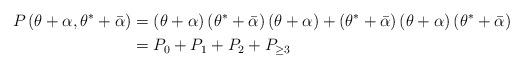
LaTeX: \begin{align*}P\left( \theta+\alpha,\theta^{\ast}+\bar{\alpha}\right) & =\left(\theta+\alpha\right) \left( \theta^{\ast}+\bar{\alpha}\right) \left(\theta+\alpha\right) +\left( \theta^{\ast}+\bar{\alpha}\right) \left(\theta+\alpha\right) \left( \theta^{\ast}+\bar{\alpha}\right) \\& =P_{0}+P_{1}+P_{2}+P_{\geq3}\end{align*}